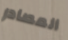
المصادر